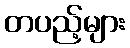
တပည့်များ